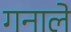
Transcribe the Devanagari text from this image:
गनाले